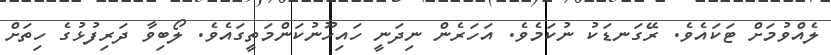
ލެއްވުމަށް ޓަކައެވެ. ރޭގަނޑަކު ނުކަމެވެ. އަހަރެން ނިދަނީ ހައިހޫނުކަންމަތީގައެވެ. ލޯބިވާ ދަރިފުޅުގެ ހިތަށް